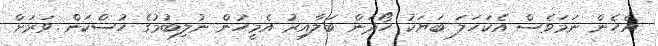
އެހެން ނަމަވެސް އެކަހަލަ ބަޔަކު ހޯދަން ބަލާއިރު އެމީހުން ނުލިބުމުގެ ހުސްކަން ވަރަށް